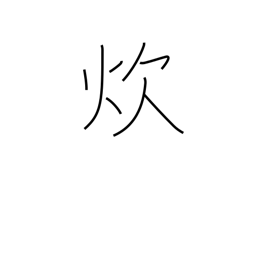
Meaning: cook